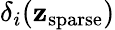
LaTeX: \delta_{i}(\mathbf{z}_{\mathrm{{sparse}}})